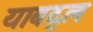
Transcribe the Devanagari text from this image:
याबद्ल